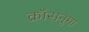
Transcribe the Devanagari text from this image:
क्रॉसनुमा